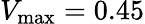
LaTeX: V_{\mathrm{max}}=0.45